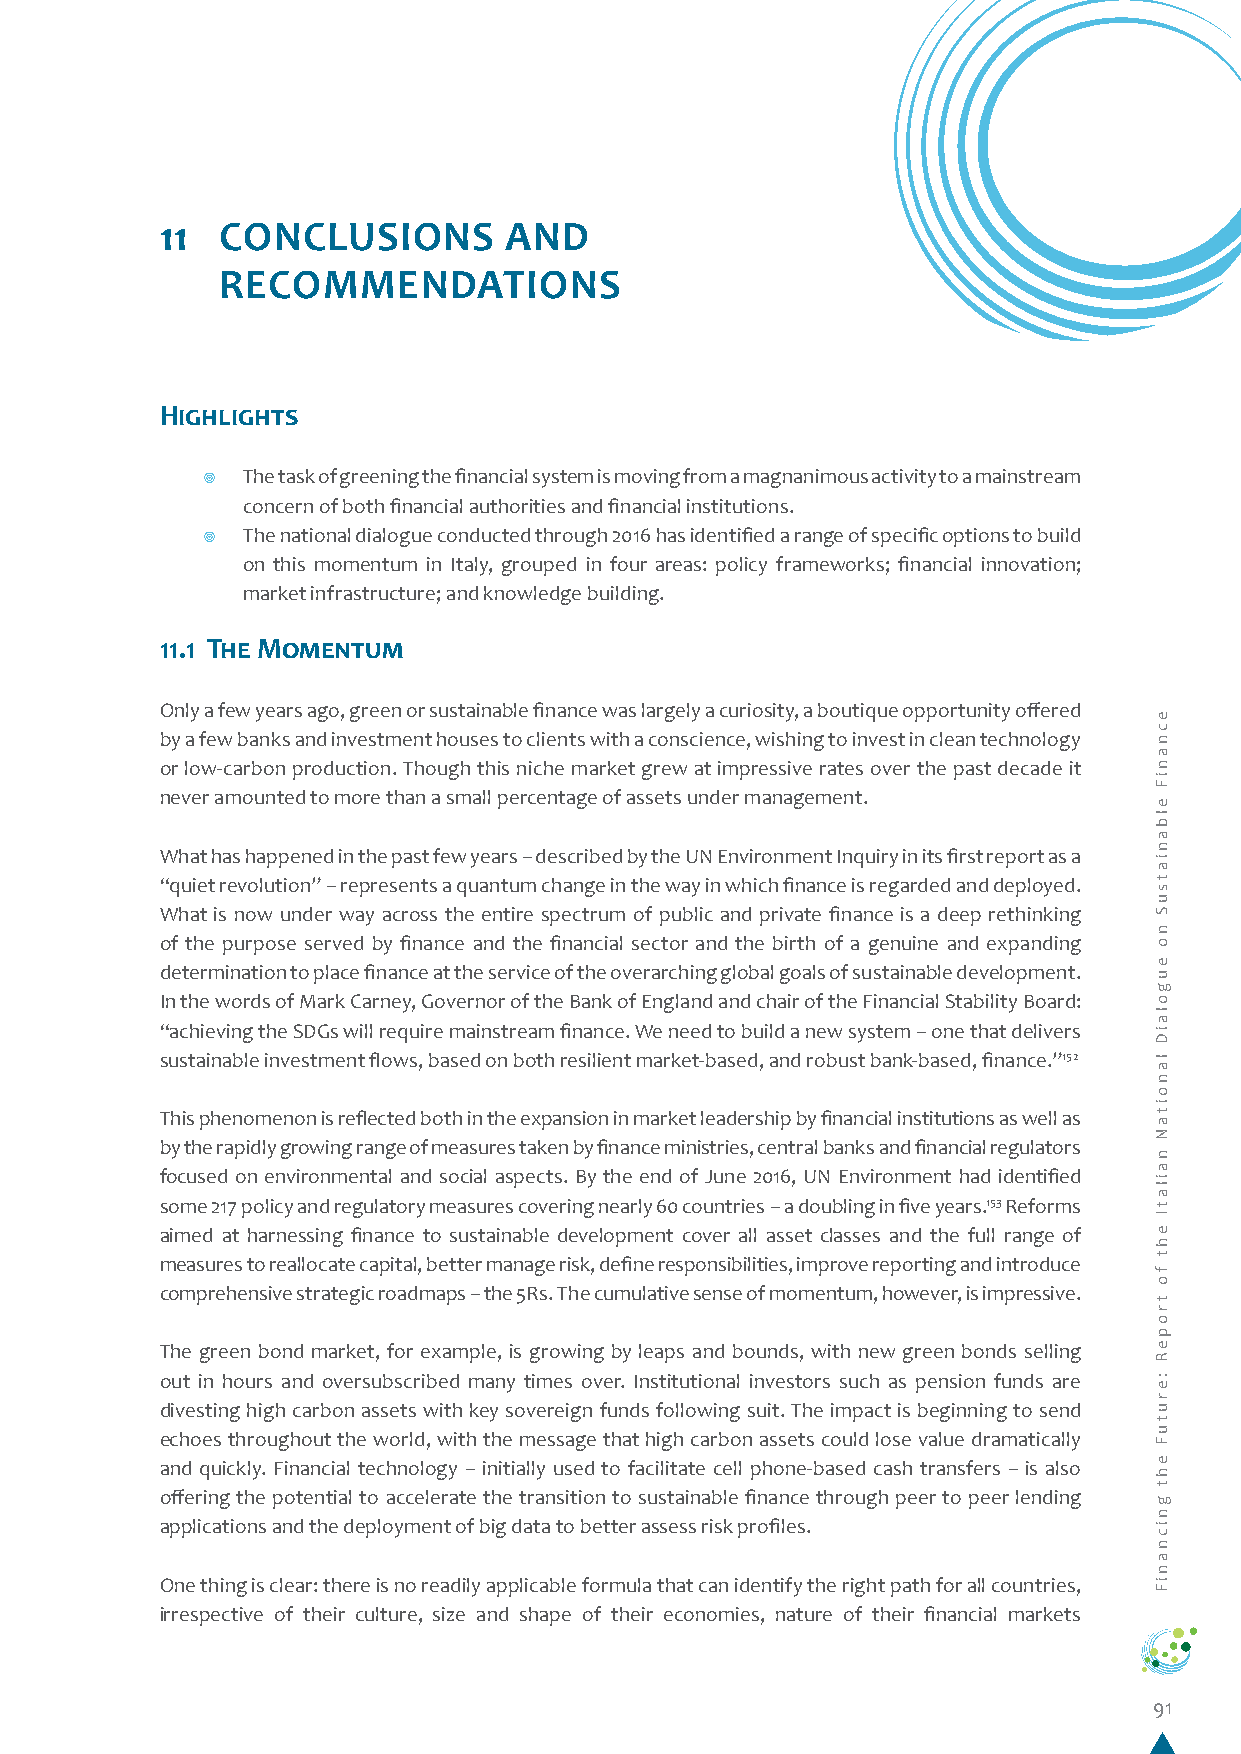
11  CONCLUSIONS       AND
 RECOMMENDATIONS
 Highlights
 ¥  The task of greening the financial system is moving from a magnanimous activity to a mainstream
 concern of both financial authorities and financial institutions.
 ¥  The national dialogue conducted through 2016 has identified a range of specific options to build
 on this momentum in Italy, grouped in four areas: policy frameworks; financial innovation;
 market infrastructure; and knowledge building.
 11.1 The Momentum
 Only a few years ago, green or sustainable finance was largely a curiosity, a boutique opportunity offered
 by a few banks and investment houses to clients with a conscience, wishing to invest in clean technology
 or low-carbon production. Though this niche market grew at impressive rates over the past decade it
 never amounted to more than a small percentage of assets under management.
 What has happened in the past few years – described by the UN Environment Inquiry in its first report as a
 “quiet revolution” – represents a quantum change in the way in which finance is regarded and deployed.
 What is now under way across the entire spectrum of public and private finance is a deep rethinking
 of the purpose served by finance and the financial sector and the birth of a genuine and expanding
 determination to place finance at the service of the overarching global goals of sustainable development.
 In the words of Mark Carney, Governor of the Bank of England and chair of the Financial Stability Board:
 “achieving the SDGs will require mainstream finance. We need to build a new system – one that delivers
 sustainable investment flows, based on both resilient market-based, and robust bank-based, finance.”152
 This phenomenon is reflected both in the expansion in market leadership by financial institutions as well as
 by the rapidly growing range of measures taken by finance ministries, central banks and financial regulators
 focused on environmental and social aspects. By the end of June 2016, UN Environment had identified
 some 217 policy and regulatory measures covering nearly 60 countries – a doubling in five years.153 Reforms
 aimed at harnessing finance to sustainable development cover all asset classes and the full range of
 measures to reallocate capital, better manage risk, define responsibilities, improve reporting and introduce
 comprehensive strategic roadmaps – the 5Rs. The cumulative sense of momentum, however, is impressive.
 The green bond market, for example, is growing by leaps and bounds, with new green bonds selling
 out in hours and oversubscribed many times over. Institutional investors such as pension funds are
 divesting high carbon assets with key sovereign funds following suit. The impact is beginning to send
 echoes throughout the world, with the message that high carbon assets could lose value dramatically
 and quickly. Financial technology – initially used to facilitate cell phone-based cash transfers – is also
 offering the potential to accelerate the transition to sustainable finance through peer to peer lending
 applications and the deployment of big data to better assess risk profiles.
 One thing is clear: there is no readily applicable formula that can identify the right path for all countries,
 irrespective of their culture, size and shape of their economies, nature of their financial markets
 91
 ecnaniF
 elbaniatsuS
 no
 eugolaiD
 lanoitaN
 nailatI
 eht
 fo
 tropeR
 :erutuF
 eht
 gnicnaniF